Sketch of the medical history of the native army of Bombay, for the year
Year: 1876
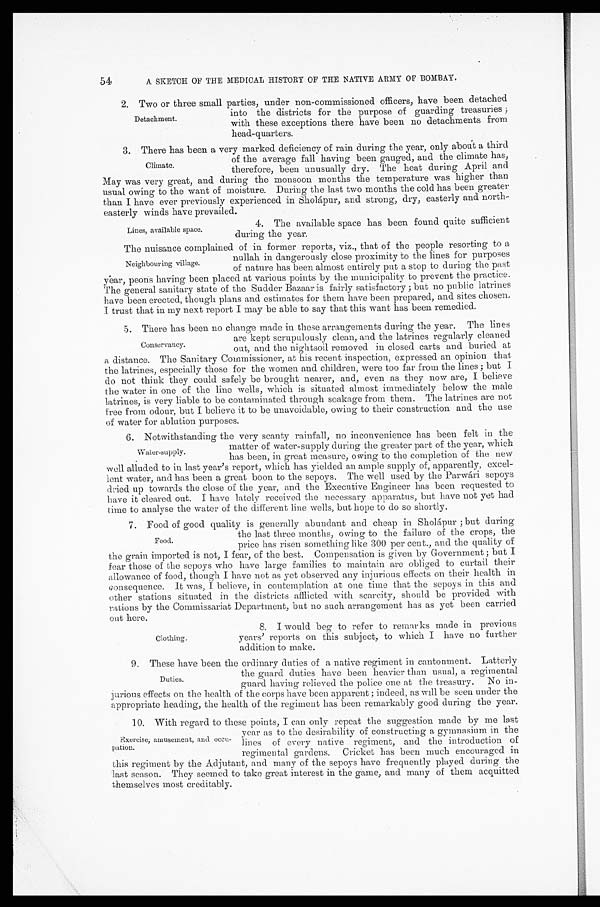
54
A SKETCH OF THE MEDICAL HISTORY OF THE NATIVE ARMY OF BOMBAY.
2. Two or three small parties, under non-commissioned officers, have been detached
into the districts for the purpose of guarding treasuries ;
with these exceptions there have been no detachments from
head-quarters.
3. There has been a very marked deficiency of rain during the year, only about a third
of the average fall having been gauged, and the climate has,
therefore, been unusually dry. The heat during April and
May was very great, and during the monsoon months the temperature was higher than
usual owing to the want of moisture. During the last two months the cold has been greater
than I have ever previously experienced in Sholápur, and strong, dry, easterly and north
- e a s t e r l y w i n d s h a v e p r e v a i l e d .
Detachment.
Climate.
Lines, available space.
4. The available space has been found quite sufficient
during the year.
The nuisance complained of in former reports, viz., that of the people resorting to a,
nullah in dangerously close proximity to the lines for purposes
of nature has been almost entirely put a stop to during the past
year, peons having been placed at various points by the municipality to prevent the practice.
The general sanitary state of the Sadder Bazaar is fairly satisfactory; but no public latrines
have been erected, though plans and estimates for them have been prepared, and sites chosen.
I trust that in my next report I may be able to say that this want has been remedied.
5. There has been no change made in these arrangements during the year. The lines
are kept scrupulously clean, and the latrines regularly cleaned
out, and the nightsoil removed in closed carts and buried at
a distance. The Sanitary Commissioner, at his recent inspection, expressed an opinion that
the latrines, especially those for the women and children, were too far from the lines; but I
do not think they could safely be brought nearer, and, even as they now are, I believe
the water in one of the line wells, which is situated almost immediately below the male
latrines, is very liable to be contaminated through soakage from them. The latrines are not
free from odour, but I believe it to be unavoidable, owing to their construction and the use
of water for ablution purposes.
6. Notwithstanding the very scanty rainfall, no inconvenience has been felt in the
matter of water-supply during the greater part of the year, which
has been, in great measure, owing to the completion of the new
well alluded to in last year's report, which has yielded an ample supply of, apparently, excel
- l e n t w a t e r , a n d h a s b e e n a g r e a t b o o n t o t h e s e p o y s . T h e w e l l u s e d b y t h e P a r w á r i s e p o y s
dried up towards the close of the year, and the Executive Engineer has been requested to
have it cleared out. I have lately received the necessary apparatus, but have not yet had
time to analyse the water of the different line wells, but hope to do so shortly.
7. Food of good quality is generally abundant and cheap in Sholápur; but during
the last three months, owing to the failure of the crops, the
price has risen something like 300 per cent., and the quality of
the grain imported is not, I fear, of the best. Compensation is given by Government ; but I
fear those of the sepoys who have large families to maintain are obliged to curtail their
allowance of food, though I have not as yet observed any injurious effects on their health in
consequence. It was, I believe, in contemplation at one time that the sepoys in this and
other stations situated in the districts afflicted with scarcity, should be provided with
rations by the Commissariat Department, but no such arrangement has as yet been carried
out here.
Neighbouring village.
Conservancy.
Water-supply.
Food.
Clothing.
8. I would beg to refer to remarks made in previous
years' reports on this subject, to which I have no further
addition to make.
9. These have been the ordinary duties of a native regiment in cantonment. Latterly
the guard duties have been heavier than usual, a regimental
guard having relieved the police one at the treasury. No in -
jurious effects on the health of the corps have been apparent ; indeed, as will be seen under the
appropriate heading, the health of the regiment has been remarkably good during the year.
1 0 . W i t h r e g a r d t o t h e s e p o i n t s , I c a n o n l y r e p e a t t h e s u g g e s t i o n m a d e b y m e l a s t
year as to the desirability of constructing a gymnasium in the
lines of every native regiment, and the introduction of
regimental gardens. Cricket has been much encouraged in
this regiment by the Adjutant, and many of the sepoys have frequently played during the
last season. They seemed to take great interest in the game, and many of them acquitted
themselves most creditably.
Duties.
Exercise, amusement, and occu
-pation.